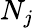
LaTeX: N_{j}